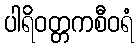
ပါရိဝတ္တကစီဝရံ